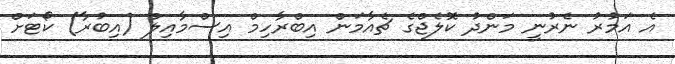
އެ އަމުރު ނެރުނީ މަންދު ކޮލެޖްގެ ޗެއާމަން އިބްރާހިމް އިސްމާއިލް (އިބުރާ) ކޯޓަށް